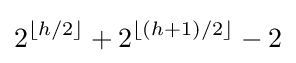
2^{\lfloor h/2\rfloor }+2^{\lfloor (h+1)/2\rfloor }-2